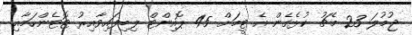
ޖުމުލަ 23 މެޗު ކުޅެގެން އެ ޓީމަށް 45 ޕޮއިންޓް ލިބިފައިވާއިރު ޓޮޓެންހަމާއި